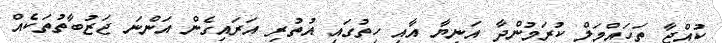
ކުއްޖާ ތަހައްމަލް ކުރަމުންދާ އަނިޔާ އާއި ހިތުގައި އުތުރި އަރައިގެން އަންނަ ޖަޒުބާތުތަކެއް